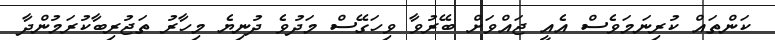
ކަންތައް ކުރިނަމަވެސް އެއީ ޖައްވަށް ބޭރުވާ ވިހަގޭސް މަދުވެ ދުނިޔެ މިހާރު ތަޖުރިބާކުރަމުންދާ